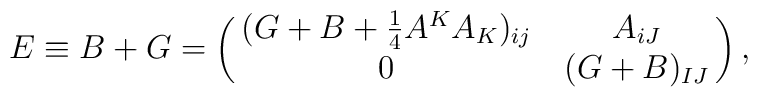
E \equiv B+G = \left (\matrix{(G+B+{1\over 4}A^K A_K)_{ij} & A_{iJ} \cr 0 & (G+B)_{IJ}} \right),